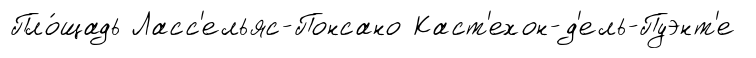
Пло́щадь Ласс'ельяс-Понсано Каст'ехон-д'ель-Пуэнт'е